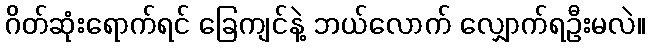
ဂိတ်ဆုံးရောက်ရင် ခြေကျင်နဲ့ ဘယ်လောက် လျှောက်ရဦးမလဲ။